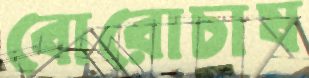
বোরোচাষ